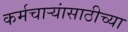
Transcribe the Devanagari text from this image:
कर्मचार्‍यांसाठीच्या